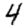
Digit: 4